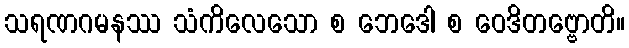
သရဏဂမနဿ သံကိလေသော စ ဘေဒေါ စ ဝေဒိတဗ္ဗောတိ။